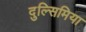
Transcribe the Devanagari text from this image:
दुल्सिमिया